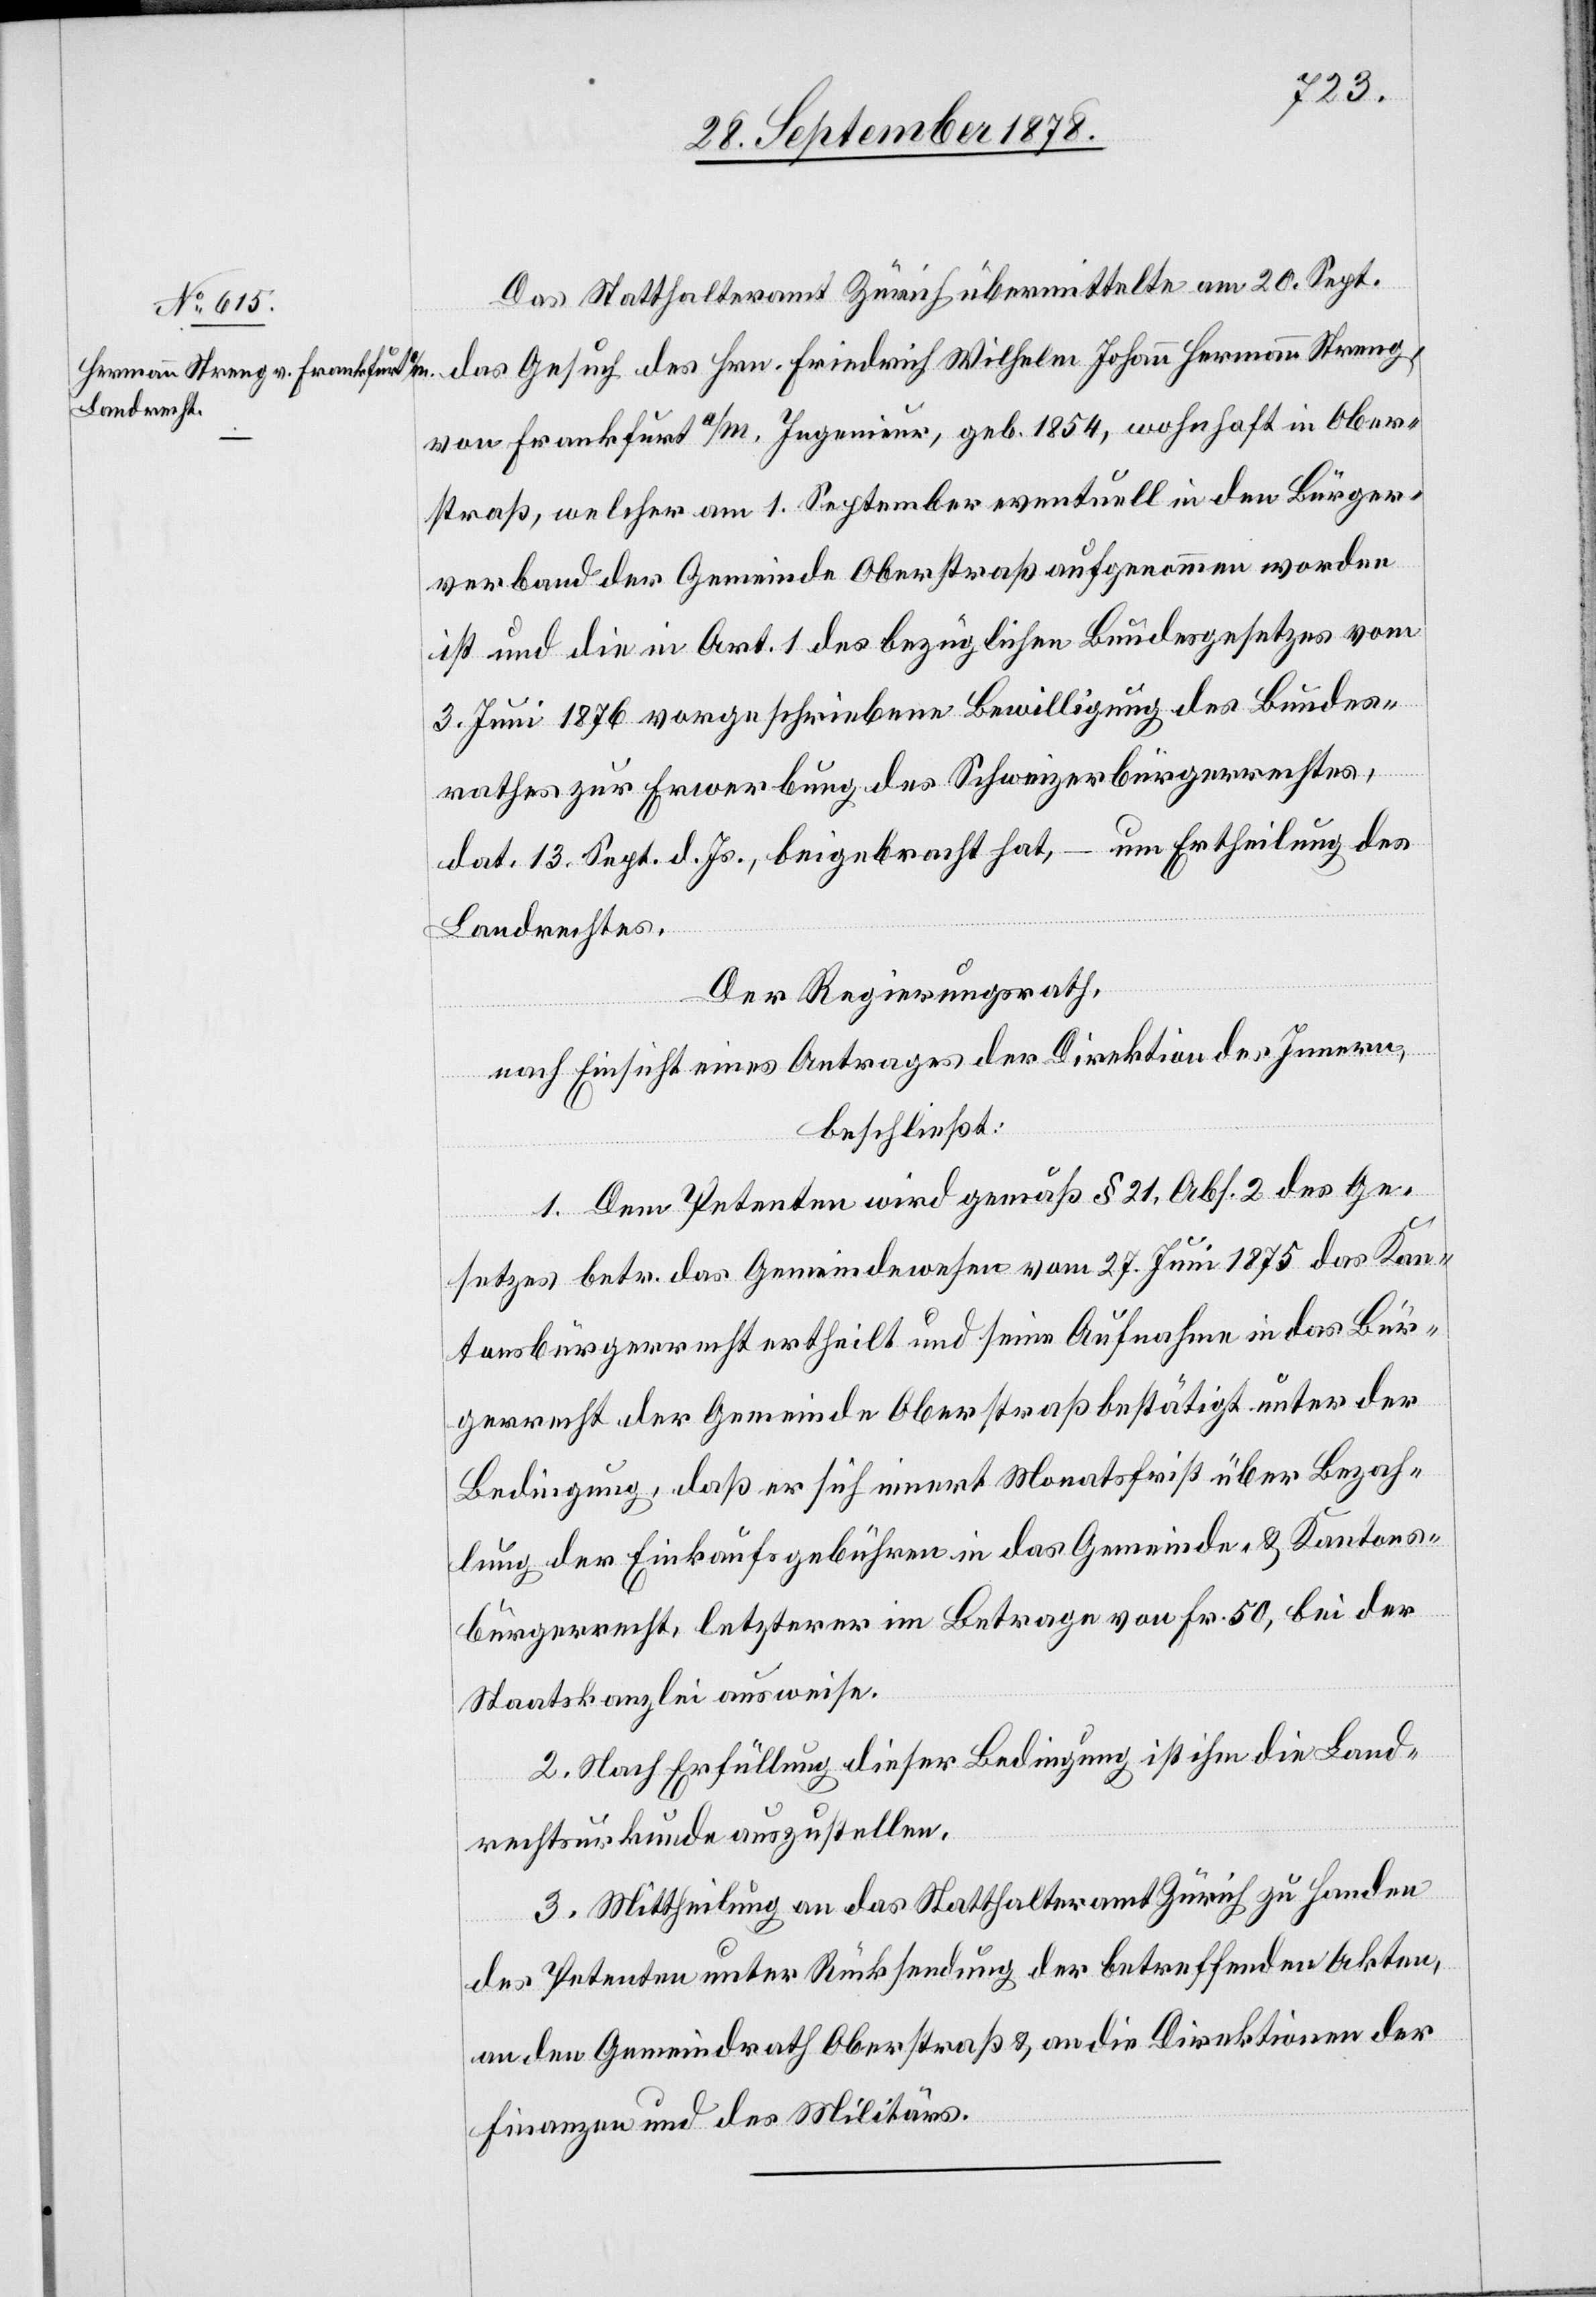
Das Statthalteramt Zürich übermittelte am 20. Sept.
das Gesuch des Hrn. Friedrich Wilhelm Johann Hermann Streng,
von Frankfurt a/M. Ingenieur, geb. 1854, wohnhaft in Ober¬
straß, welcher am 1. September eventuell in den Bürger¬
verband der Gemeinde Oberstraß aufgenommen worden
ist und die in Art. 1 des bezüglichen Gesetzes vom
3. Juni 1876 vorgeschriebene Bewilligung des Bundes¬
rathes zur Erwerbung des Schweizerbürgerrechtes,
dat. 13. Sept. d. Js., beigebracht hat, – um Ertheilung des
Landrechtes.
Der Regierungsrath,
nach Einsicht eines Antrages der Direktion des Innern,
beschließt:
1. Dem Petenten wird gemäß § 21, Abs. 2 des Ge¬
setzes betreffend das Gemeindewesen vom 27. Juni 1875 das Kan¬
tonsbürgerrecht ertheilt und seine Aufnahme in das Bür¬
gerrecht der Gemeinde Oberstraß bestätigt unter der
Bedingung, daß er sich innert Monatsfrist über Bezah¬
lung der Einkaufsgebühren in das Gemeinde- und Kantons¬
bürgerrecht, letzterer im Betrage von Fr. 50 bei der
Staatskanzlei ausweise.
2. Nach Erfüllung dieser Bedingung ist ihnen die Land¬
rechtsurkunde auszustellen.
3. Mittheilung an das Statthalteramt Zürich zu Handen
des Petenten unter Rücksendung der betreffenden Akten,
an den Gemeindrath Oberstraß & an und die Direktionen der
Finanzen & des Militärs.